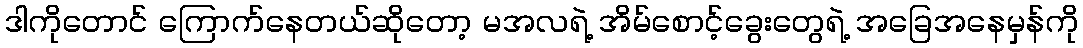
ဒါကိုတောင် ကြောက်နေတယ်ဆိုတော့ မအလရဲ့ အိမ်စောင့်ခွေးတွေရဲ့ အခြေအနေမှန်ကို